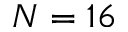
N = 1 6